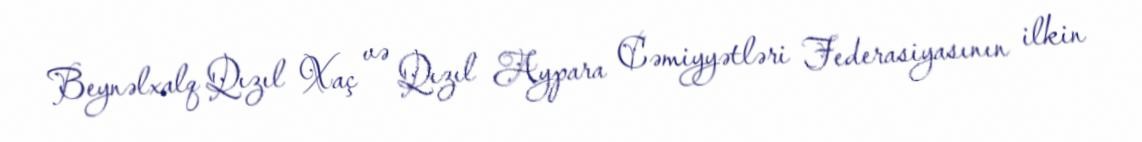
Beynəlxalq Qızıl Xaç və Qızıl Aypara Cəmiyyətləri Federasiyasının ilkin